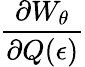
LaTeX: \frac{\partial W_{\theta}}{\partial Q(\epsilon)}